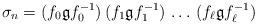
LaTeX: \begin{align*}\sigma_n=(f_0 \mathfrak{g}f_0^{-1})\,(f_1 \mathfrak{g}f_1^{-1})\,\ldots\,(f_\ell \mathfrak{g}f_\ell^{-1})\end{align*}